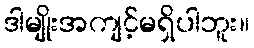
ဒါမျိုးအကျင့်မရှိပါဘူး။